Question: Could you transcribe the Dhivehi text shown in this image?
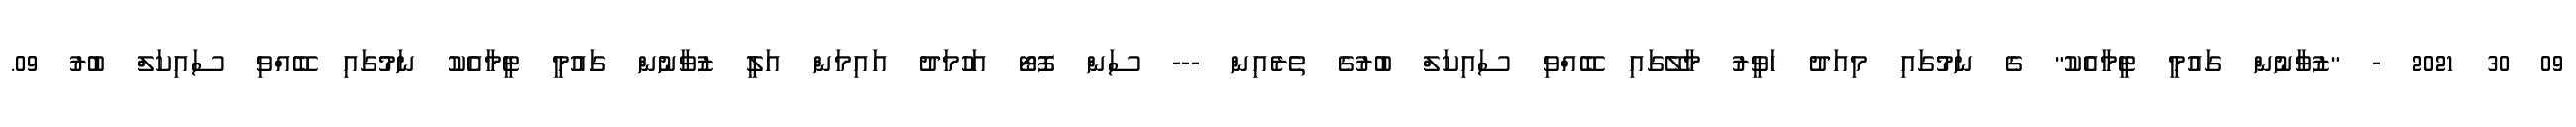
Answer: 09 30 2021 - "ޒުވާނުން ގައުމީ ޓީމާއެކު" ގެ ނަމުގައި މިއަދު ހަވީރު މާލޭގައި ބޭއްވި ސައިކަލް ބުރުގެ ތެރެއިން --- ސަން ފޮޓޯ އަހުމަދު އައިމަން އަލީ ޒުވާނުން ގައުމީ ޓީމާއެކު ނަމުގައި ބޭއްވި ސައިކަލް ބުރު 09.